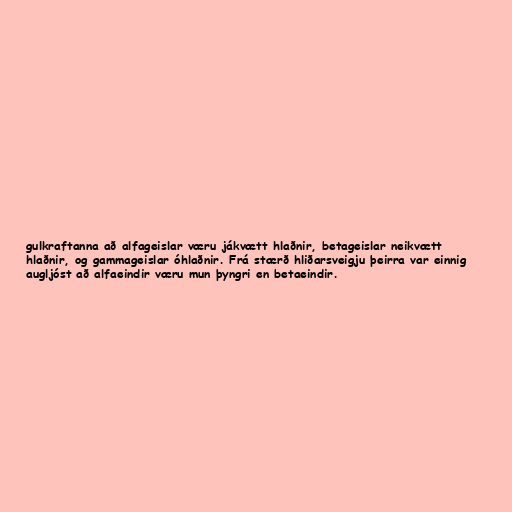
gulkraftanna að alfageislar væru jákvætt hlaðnir, betageislar neikvætt
hlaðnir, og gammageislar óhlaðnir. Frá stærð hliðarsveigju þeirra var einnig
augljóst að alfaeindir væru mun þyngri en betaeindir.